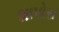
શાપોરા